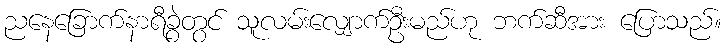
ညနေခြောက်နာရီခွဲတွင် သူလမ်းလျှောက်ဦးမည်ဟု ဘက်ဆီအား ပြောသည်။